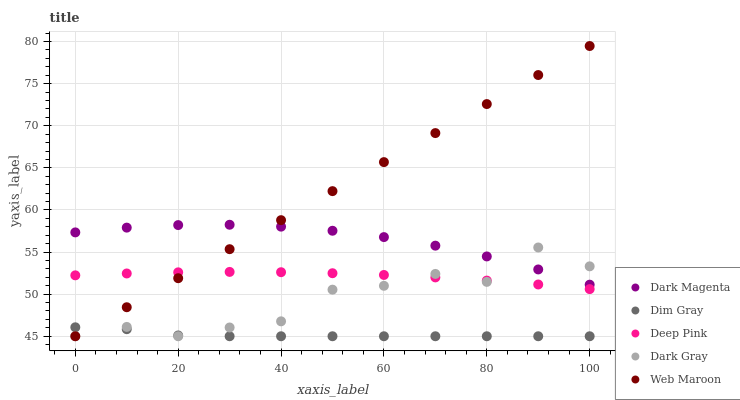
| xaxis_label | Dark Magenta | Dim Gray | Deep Pink | Dark Gray | Web Maroon |
 | --- | --- | --- | --- | --- | --- |
 | 0 | 57.3 | 46.1 | 52.2 | 45 | 45 |
 | 10 | 57.9 | 45.8 | 52.5 | 46.1 | 48.4 |
 | 20 | 58.2 | 45.1 | 52.6 | 45 | 51.9 |
 | 30 | 58.2 | 45 | 52.6 | 46 | 55.3 |
 | 40 | 58 | 45 | 52.6 | 46.8 | 58.8 |
 | 50 | 57.5 | 45 | 52.5 | 50.5 | 62.2 |
 | 60 | 56.8 | 45 | 52.3 | 51 | 65.7 |
 | 70 | 55.8 | 45 | 52 | 52.4 | 69.1 |
 | 80 | 54.5 | 45 | 51.6 | 51.5 | 72.6 |
 | 90 | 52.9 | 45 | 51.1 | 55.5 | 76 |
 | 100 | 51.1 | 45 | 50.6 | 53.3 | 79.5 |